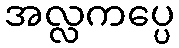
အလ္လကပ္ပေ